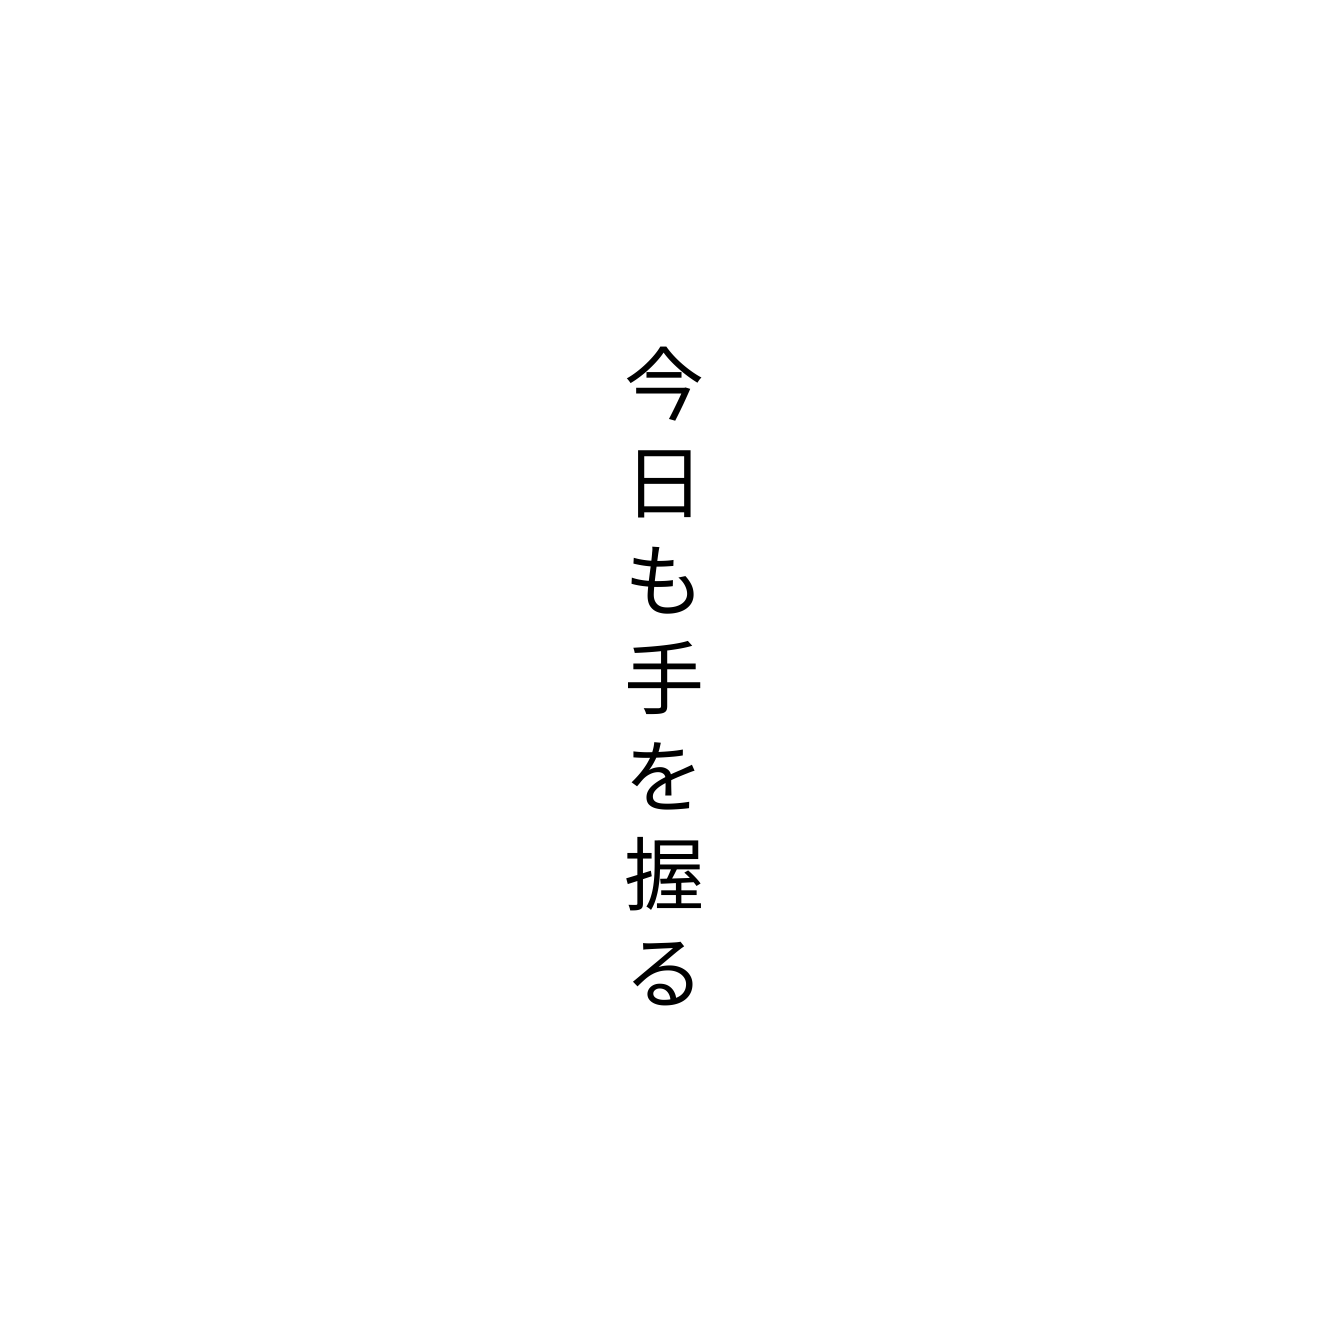
今日も手を握る